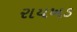
રાયખડ